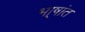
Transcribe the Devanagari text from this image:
भा्षांत